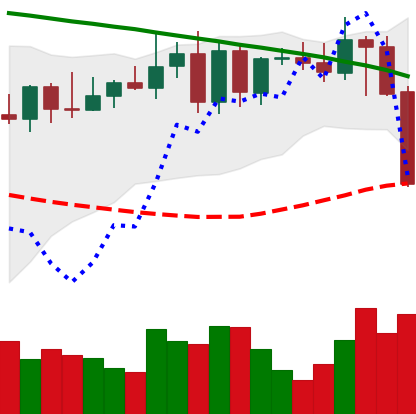
Ticker: XMR-USD
Chart end date: 2022-08-19
Forward return: 5.892%
Label: up_5_7